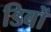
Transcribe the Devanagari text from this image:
डिबों